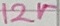
Text: 12V